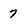
Character: 7